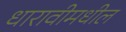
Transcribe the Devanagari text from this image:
धारावीमधील